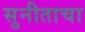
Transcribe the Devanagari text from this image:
सुनीताचा